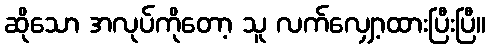
ဆိုသော အလုပ်ကိုတော့ သူ လက်လျှော့ထားပြီးပြီ။